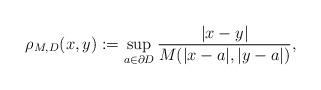
LaTeX: \begin{align*}\rho_{M,D}(x,y):=\sup_{a\in\partial D}\frac{|x-y|}{M(|x-a|,|y-a|)}, \end{align*}